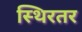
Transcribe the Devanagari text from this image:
स्थिरतर